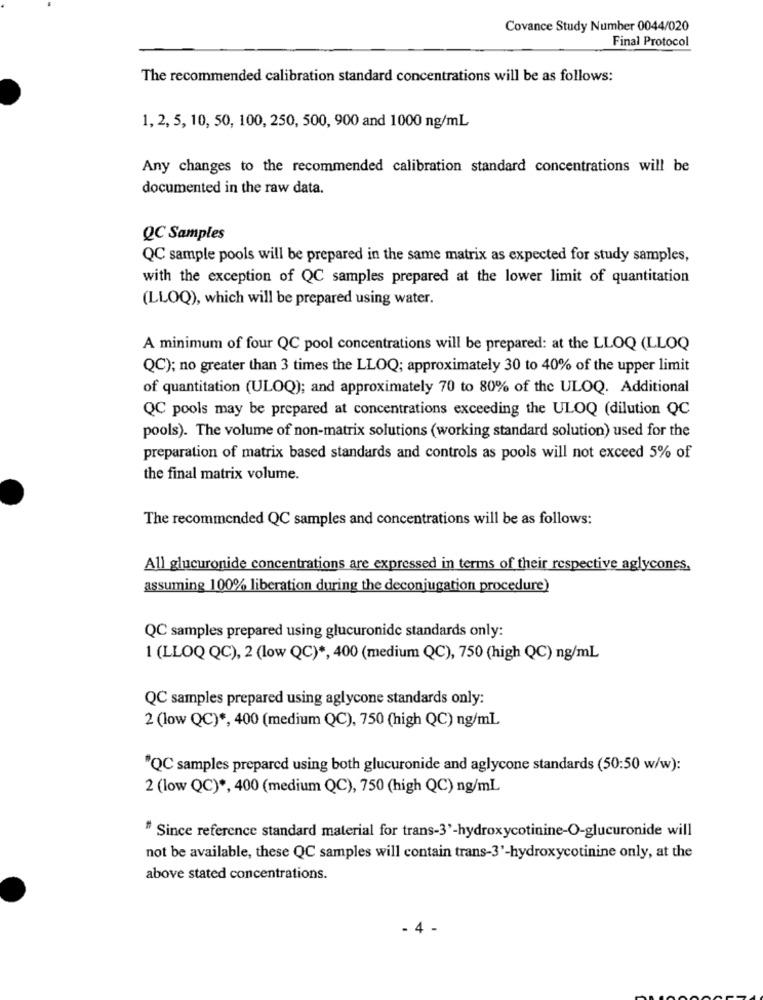
Covance Study Number 0044/020
Final Protocol
The recommended calibration standard concentrations will be as follows:
1, 2, 5, 10, 50, 100, 250, 500, 900 and 1000 ng/ml
Any changes to the recommended calibration standard concentrations will be
documented in the raw data.
QC Samples
QC sample pools will be prepared in the same matrix as expected for study samples,
with the exception of QC samples prepared at the lower limit of quantitation
(LLOQ), which will be prepared using water.
A minimum of four QC pool concentrations will be prepared: at the LLOQ (LLOQ
QC); no greater than 3 times the LLOQ; approximately 30 to 40% of the upper limit
of quantitation (ULOQ); and approximately 70 to 80% of the ULOQ. Additional
QC pools may be prepared at concentrations exceeding the ULOQ (dilution QC
pools). The volume of non-matrix solutions (working standard solution) used for the
preparation of matrix based standards and controls as pools will not exceed 5% of
the final matrix volume.
The recommended QC samples and concentrations will be as follows:
All glucuronide concentrations are expressed in terms of their respective aglycones.
assuming 100% liberation during the deconjugation procedure)
QC samples prepared using glucuronide standards only:
1 (LLOQ QC), 2 (low QC) *, 400 (medium QC), 750 (high QC) ng/ml
QC samples prepared using aglycone standards only:
2 (low QC) *, 400 (medium QC), 750 (high QC) ng/ml
"QC samples prepared using both glucuronide and aglycone standards (50:50 w/w):
2 (low QC) *, 400 (medium QC), 750 (high QC) ng/ml
" Since reference standard material for trans-3'-hydroxycotinine-O-glucuronide will
not be available, these QC samples will contain trans-3'-hydroxycotinine only, at the
above stated concentrations.
4 -